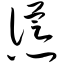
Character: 怂